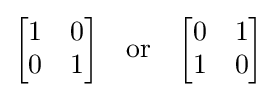
{\begin{bmatrix}1&0\\0&1\end{bmatrix}}\quad {\text{or}}\quad {\begin{bmatrix}0&1\\1&0\end{bmatrix}}